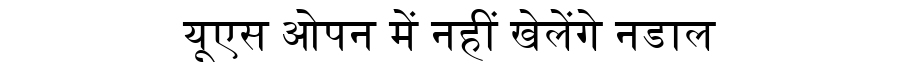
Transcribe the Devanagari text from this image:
यूएस ओपन में नहीं खेलेंगे नडाल